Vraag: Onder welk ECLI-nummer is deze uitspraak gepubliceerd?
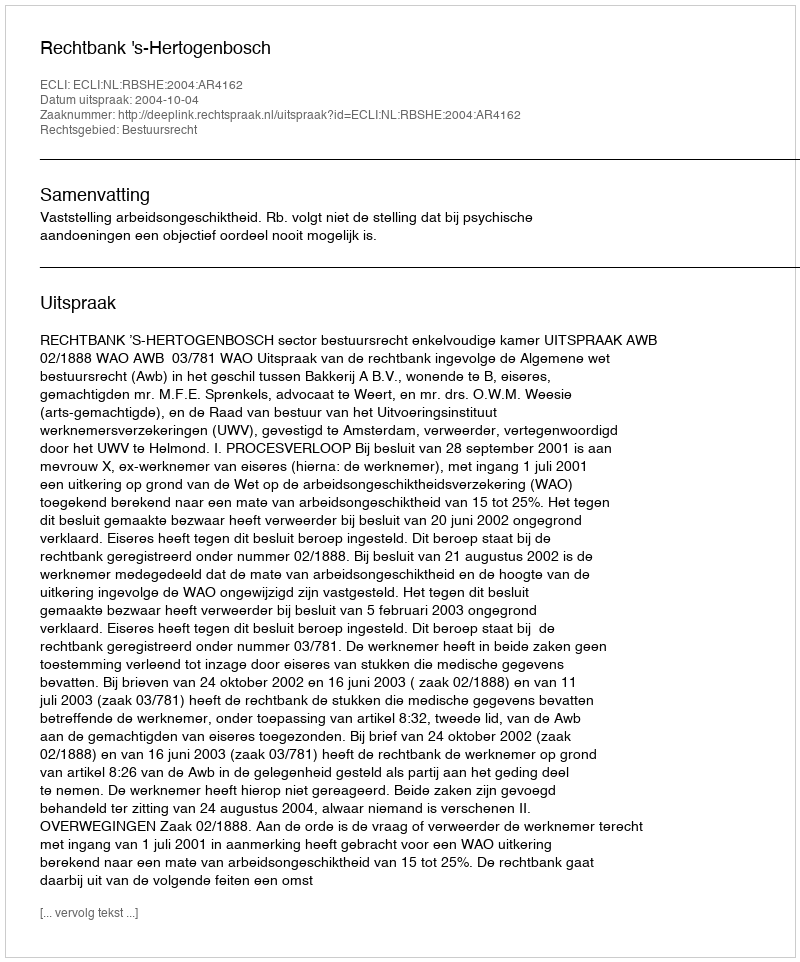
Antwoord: ECLI:NL:RBSHE:2004:AR4162